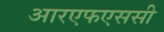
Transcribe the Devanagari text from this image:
आरएफएससी